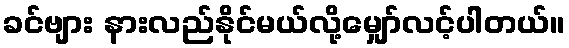
ခင်ဗျား နားလည်နိုင်မယ်လို့မျှော်လင့်ပါတယ်။